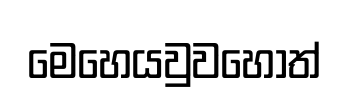
මෙහෙයවුවහොත්